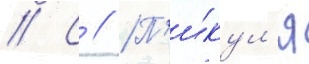
// С // П'и́кул'я